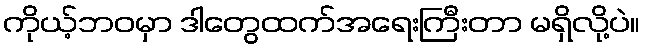
ကိုယ့်ဘဝမှာ ဒါတွေထက်အရေးကြီးတာ မရှိလို့ပဲ။